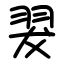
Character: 翇